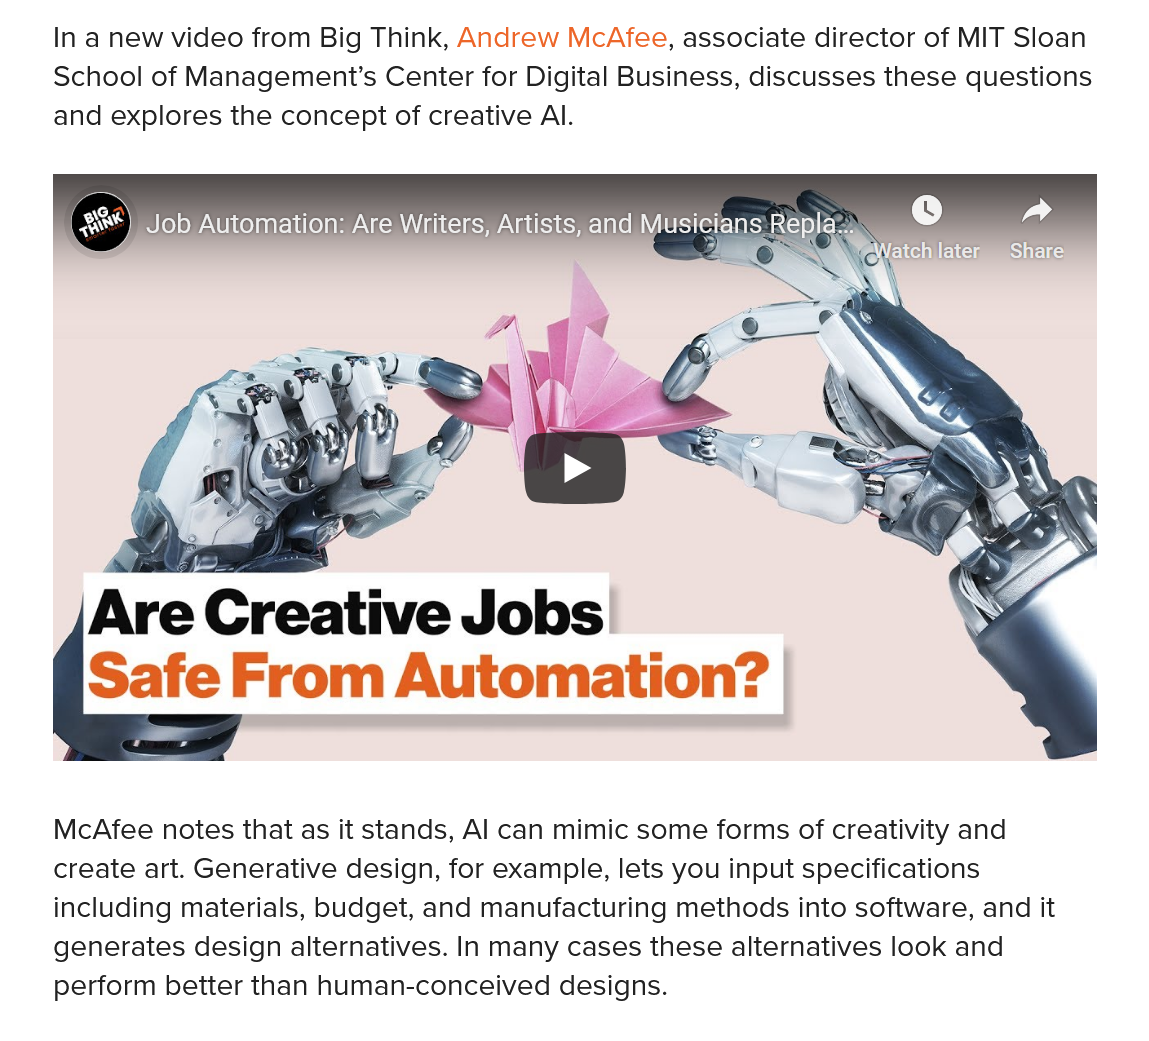
In a new video from Big Think, Andrew McAfee, associate director of MIT Sloan
    School of Management’s Center for Digital Business, discusses these questions
    and explores the concept of creative Al.
     Are    Creative    Jobs
    McAfee notes that as it stands, Al can mimic some forms of creativity and
    create art. Generative design, for example, lets you input specifications
    including materials, budget, and manufacturing methods into software, and it
    generates design alternatives. In many cases these alternatives look and
    perform better than human-conceived designs.